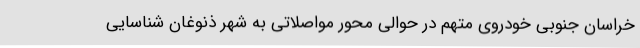
خراسان جنوبی خودروی متهم در حوالی محور مواصلاتی به شهر ذنوغان شناسایی